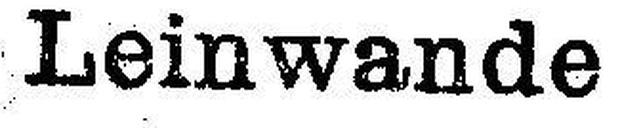
Leinwande